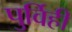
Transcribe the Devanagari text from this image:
पुर्विही